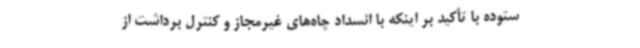
ستوده با تأکید بر اینکه با انسداد چاه‌های غیرمجاز و کنترل برداشت از